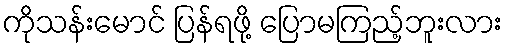
ကိုသန်းမောင် ပြန်ရဖို့ ပြောမကြည့်ဘူးလား